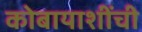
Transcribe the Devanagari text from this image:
कोबायाशींची